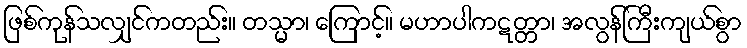
ဖြစ်ကုန်သလျှင်ကတည်း။ တသ္မာ၊ ကြောင့်။ မဟာပါကဋတ္တာ၊ အလွန်ကြီးကျယ်စွာ